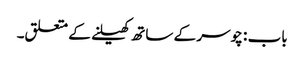
باب : چوسر کے ساتھ کھیلنے کے متعلق۔